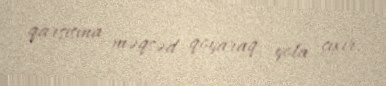
qarşısına məqsəd qoyaraq yola çıxır.